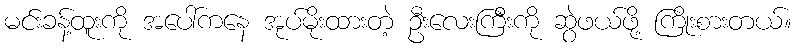
မင်းခန့်ထူးကို အပေါ်ကနေ အုပ်မိုးထားတဲ့ ဦးလေးကြီးကို ဆွဲဖယ်ဖို့ ကြိုးစားတယ်။